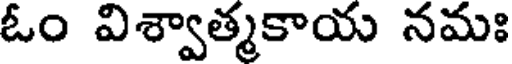
ఓం విశ్వాత్మకాయ నమః